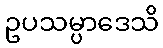
ဥပသမ္ပာဒေသိ